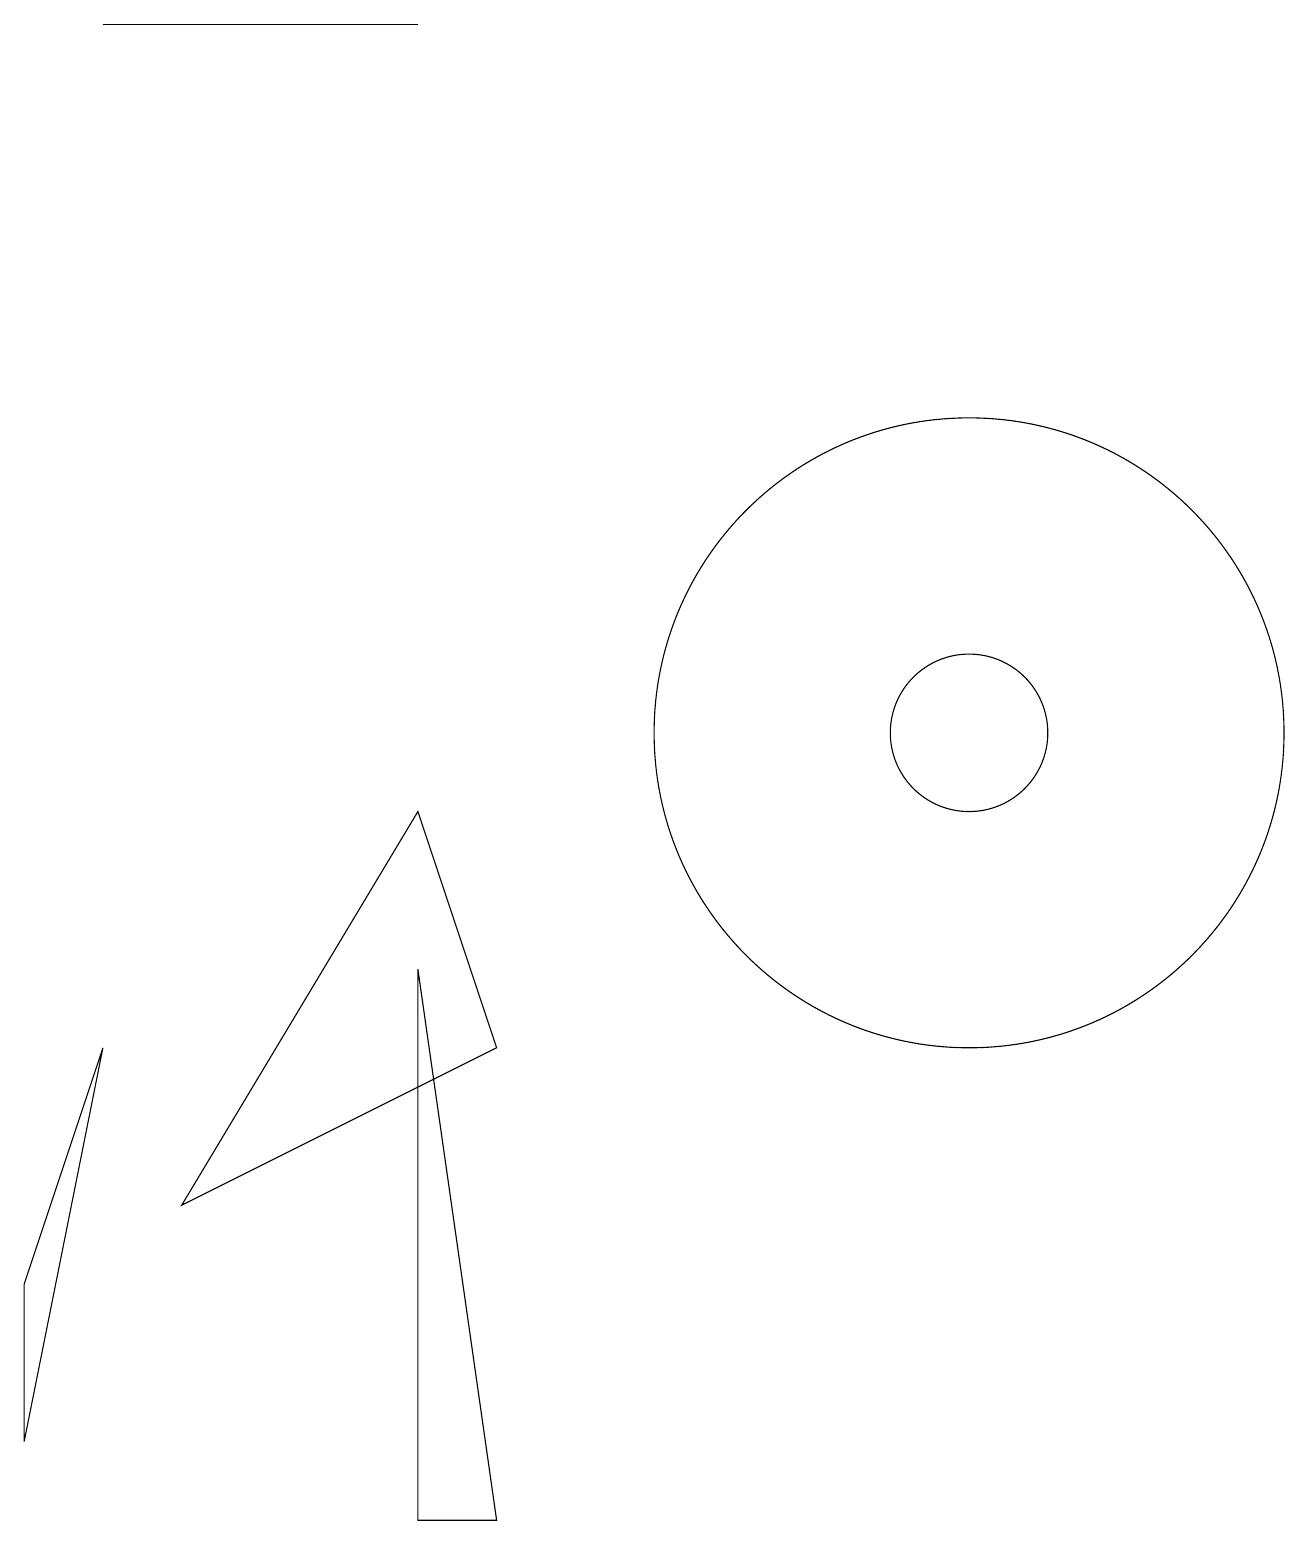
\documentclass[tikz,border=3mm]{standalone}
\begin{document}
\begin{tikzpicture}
\draw (1,6) -- (0,1) -- (0,3) -- cycle;
\draw (11,10) circle (0);
\draw (12,10) circle (4);
\draw (2,4) -- (6,6) -- (5,9) -- cycle;
\draw (12,10) circle (1);
\draw (5,7) -- (6,0) -- (5,0) -- cycle;
\draw (5,19) rectangle (1,19);
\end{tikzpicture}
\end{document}